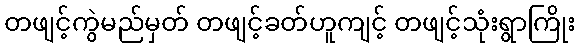
တဖျင့်ကွဲမည်မှတ် တဖျင့်ခတ်ဟူကျင့် တဖျင့်သုံးရွာကြိုး